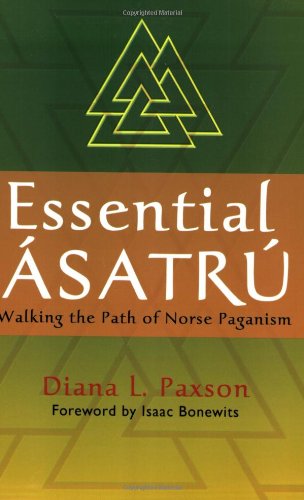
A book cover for Essential Asatru: Walking the Path of Norse Paganism; Diana L. Paxson; Religion & Spirituality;